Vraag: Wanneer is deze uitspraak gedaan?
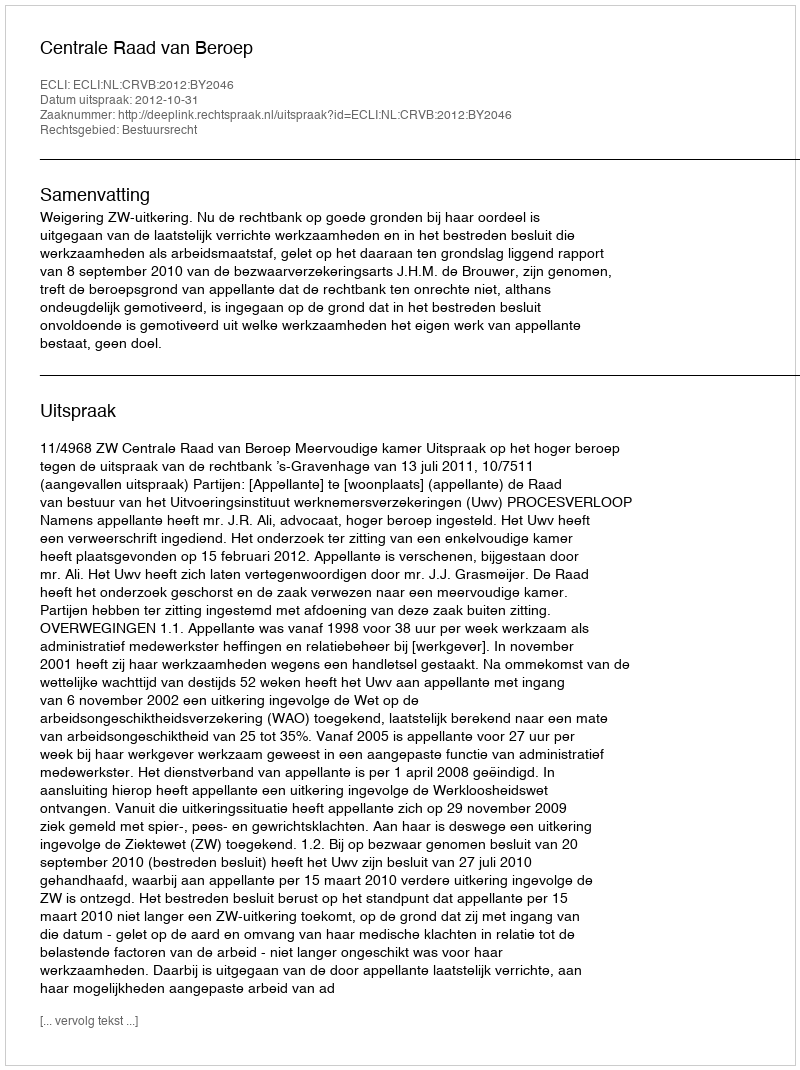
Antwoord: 2012-10-31